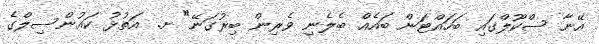
އޭނާ ސްކޫލްގައި ބަހައްޓަން ބައެއް ބެލެނި ވެރިން ބިރުގަނޭ" ށ. އަތުޅު ކައުންސިލްގެ